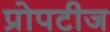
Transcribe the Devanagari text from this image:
प्रोपटीज